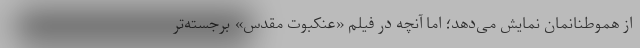
از هموطنانمان نمایش می‌دهد؛ اما آنچه در فیلم «عنکبوت مقدس» برجسته‌تر